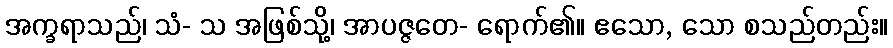
အက္ခရာသည်၊ သံ- သ အဖြစ်သို့၊ အာပဇ္ဇတေ- ရောက်၏။ ဧသော, သော စသည်တည်း။